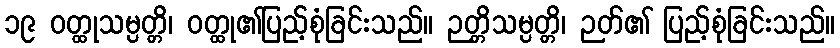
၁၉ ဝတ္ထုသမ္ပတ္တိ၊ ဝတ္ထု၏ပြည့်စုံခြင်းသည်။ ဉတ္တိသမ္ပတ္တိ၊ ဉတ်၏ ပြည့်စုံခြင်းသည်။